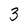
Character: 3